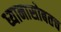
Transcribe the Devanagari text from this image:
ध्यानासोबतच